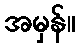
အမှန်။